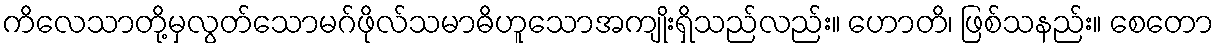
ကိလေသာတို့မှလွတ်သောမဂ်ဖိုလ်သမာဓိဟူသောအကျိုးရှိသည်လည်း။ ဟောတိ၊ ဖြစ်သနည်း။ စေတော